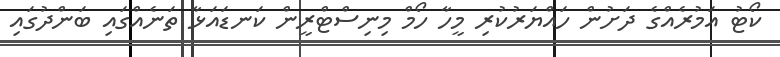
ކޯޓު އަމުރެއްގެ ދަށުން ހައްޔަރުކުރި މީހާ ހޯމް މިނިސްޓްރީން ކަނޑައަޅާ ތަނެއްގައި ބަންދުގައި